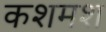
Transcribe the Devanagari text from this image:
कशमश